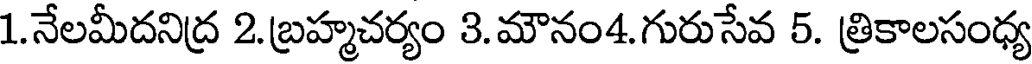
1.నేలమీదనిద్ర 2.బ్రహ్మచర్యం 3.మౌనం4.గురుసేవ 5. త్రికాలసంధ్య